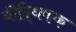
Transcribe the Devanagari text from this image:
बौद्धिकक